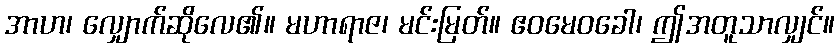
အာဟ၊ လျှောက်ဆိုလေ၏။ မဟာရာဇ၊ မင်းမြတ်။ ဧဝမေဝခေါ၊ ဤအတူသာလျှင်။